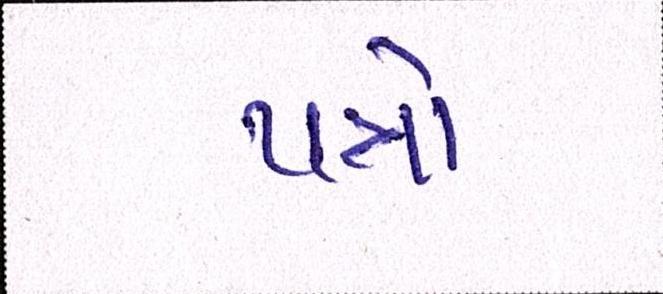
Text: પત્રો